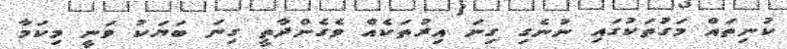
ކުނިތައް މަގުތަކުގައި ނުނެގި ގިނަ އިރުތަކެއް ވެގެންދާތީ ގިނަ ބަޔަކު ވަނީ މިކަމާ